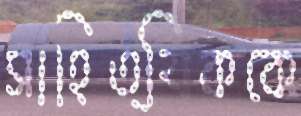
সাহিত্যিককে